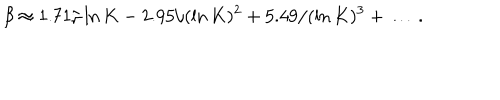
\beta \approx 1 . 7 1 / \ln K - 2 . 9 5 / ( \ln K ) ^ { 2 } + 5 . 4 9 / ( \ln K ) ^ { 3 } + \ldots \; .